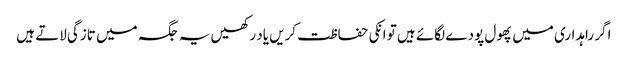
اگر راہداری میں پھول پودے لگائے ہیں تو انکی حفاظت کریں یاد رکھیں یہ جگہ میں تازگی لاتے ہیں